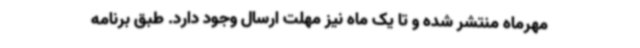
مهرماه منتشر شده و تا یک ماه نیز مهلت ارسال وجود دارد. طبق برنامه